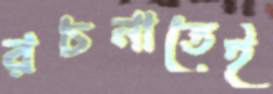
রচনাতেই